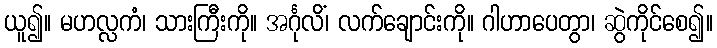
ယူ၍။ မဟလ္လကံ၊ သားကြီးကို။ အင်္ဂုလိံ၊ လက်ချောင်းကို။ ဂါဟာပေတွာ၊ ဆွဲကိုင်စေ၍။